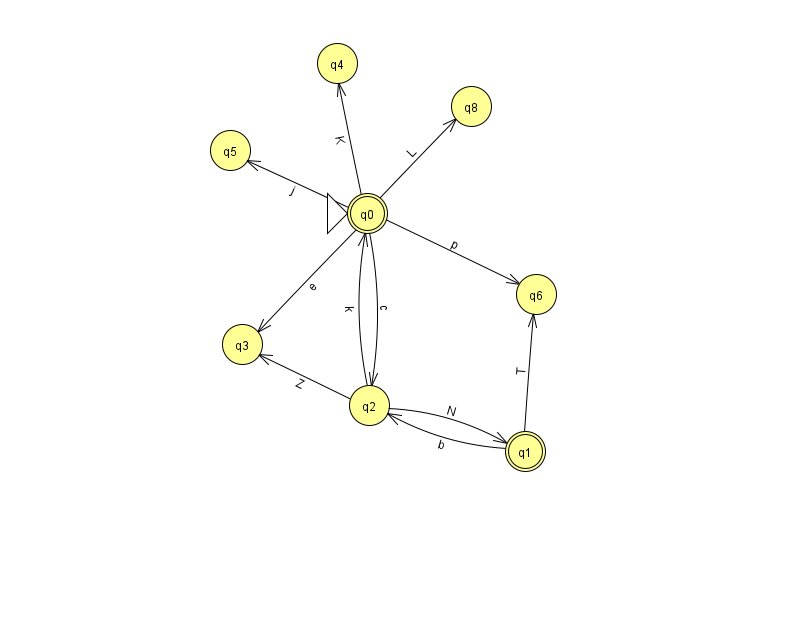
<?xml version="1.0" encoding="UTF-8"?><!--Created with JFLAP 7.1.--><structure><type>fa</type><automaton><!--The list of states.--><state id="0" name="q0"><x>367.0</x><y>200.0</y><initial/><final/></state><state id="1" name="q1"><x>525.0</x><y>438.0</y><final/></state><state id="2" name="q2"><x>369.0</x><y>392.0</y></state><state id="3" name="q3"><x>242.0</x><y>331.0</y></state><state id="4" name="q4"><x>337.0</x><y>50.0</y></state><state id="5" name="q5"><x>230.0</x><y>137.0</y></state><state id="6" name="q6"><x>536.0</x><y>281.0</y></state><state id="8" name="q8"><x>471.0</x><y>93.0</y></state><!--The list of transitions.--><transition><from>2</from><to>0</to><read>k</read></transition><transition><from>0</from><to>3</to><read>e</read></transition><transition><from>2</from><to>1</to><read>N</read></transition><transition><from>0</from><to>8</to><read>L</read></transition><transition><from>2</from><to>3</to><read>Z</read></transition><transition><from>0</from><to>4</to><read>K</read></transition><transition><from>0</from><to>2</to><read>c</read></transition><transition><from>1</from><to>2</to><read>b</read></transition><transition><from>1</from><to>6</to><read>T</read></transition><transition><from>0</from><to>6</to><read>p</read></transition><transition><from>0</from><to>5</to><read>j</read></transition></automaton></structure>